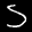
Label: 5